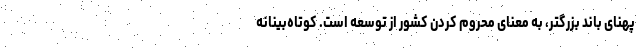
پهنای باند بزرگتر، به معنای محروم کردن کشور از توسعه است. کوتاه‌بینانه